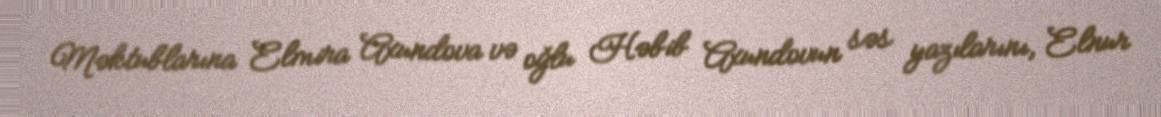
Məktublarına Elmira Axundova və oğlu Həbib Axundovun səs yazılarını, Elnur